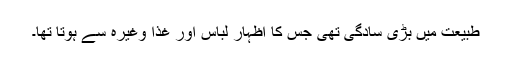
طبیعت میں بڑی سادگی تھی جس کا اظہار لباس اور غذا وغیرہ سے ہوتا تھا۔